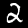
Digit: 2